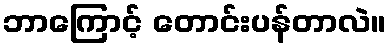
ဘာကြောင့် တောင်းပန်တာလဲ။